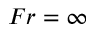
F r = \infty